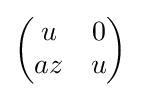
{\begin{pmatrix}u&0\\az&u\end{pmatrix}}